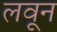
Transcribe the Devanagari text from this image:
लवून